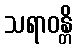
သရာဝန္တိ